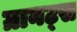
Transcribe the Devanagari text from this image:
ग्रानट्स